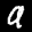
Label: 9